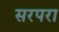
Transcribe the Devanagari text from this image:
सरपरा